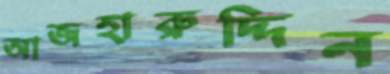
আজহারুদ্দিন